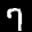
Label: 7